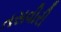
તસવીરી